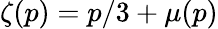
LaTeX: \zeta(p)=p/3+\mu(p)